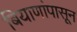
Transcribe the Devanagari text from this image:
बियाणांपासून